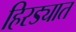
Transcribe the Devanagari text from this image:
हिरड्यात